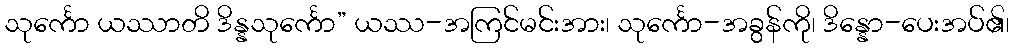
သုင်္ကော ယဿာတိ ဒိန္နသုင်္ကော” ယဿ-အကြင်မင်းအား၊ သုင်္ကော-အခွန်ကို၊ ဒိန္နော-ပေးအပ်၏၊